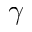
\gamma